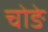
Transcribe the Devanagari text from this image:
चोङे